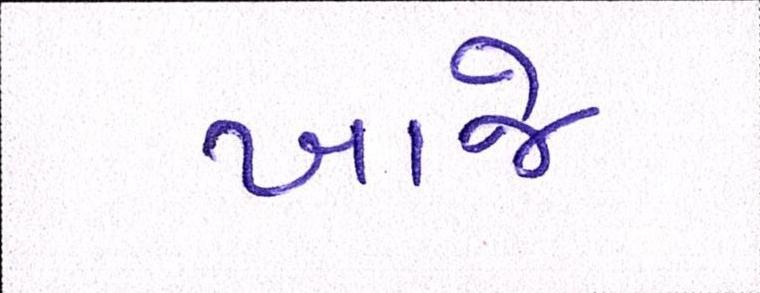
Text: ખાજે